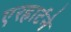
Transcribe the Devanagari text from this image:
एरहार्टने